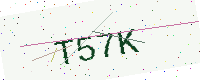
Text: T57K